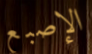
الإصبع